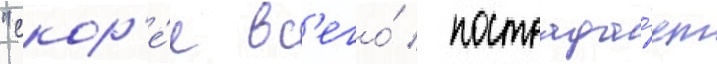
"скор'е́е вс'его́ / пострада́ет